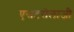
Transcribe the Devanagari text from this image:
एसटरोलाजी